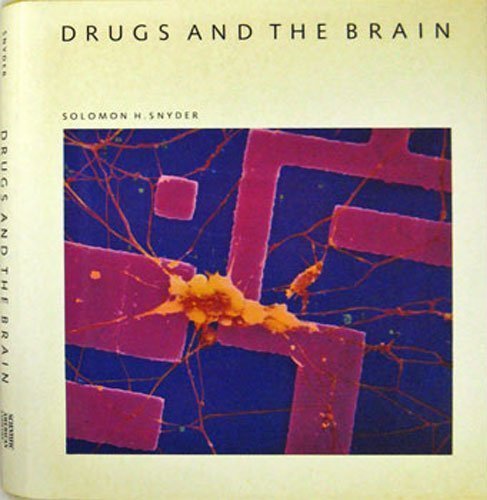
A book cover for Drugs and the Brain (Scientific American Library); Solomon H. Snyder; Medical Books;